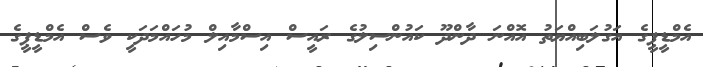
އެމްޑީޕީގެ އަގުލަބިއްޔަތު އޮއްނަ ދާންދޫ ކައުންސިލުގެ ރައީސް އިސްމާއިލް މުހައްމަދަކީ ވެސް އެމްޑީޕީގެ